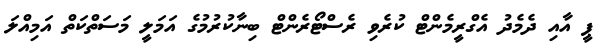
ޕީ އާއި ދެމެދު އެގްރީމެންޓް ކުރެވި ރެސްޓޯރެންޓް ބިނާކުރުމުގެ އަމަލީ މަސަތްކަތް އަމިއްލަ